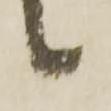
々